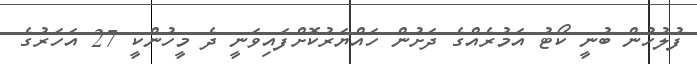
ފުލުހުން ބުނީ ކޯޓު އަމުރެއްގެ ދަށުން ހައްޔަރުކޮށްފައިވަނީ ދެ މީހުންކީ 27 އަހަރުގެ